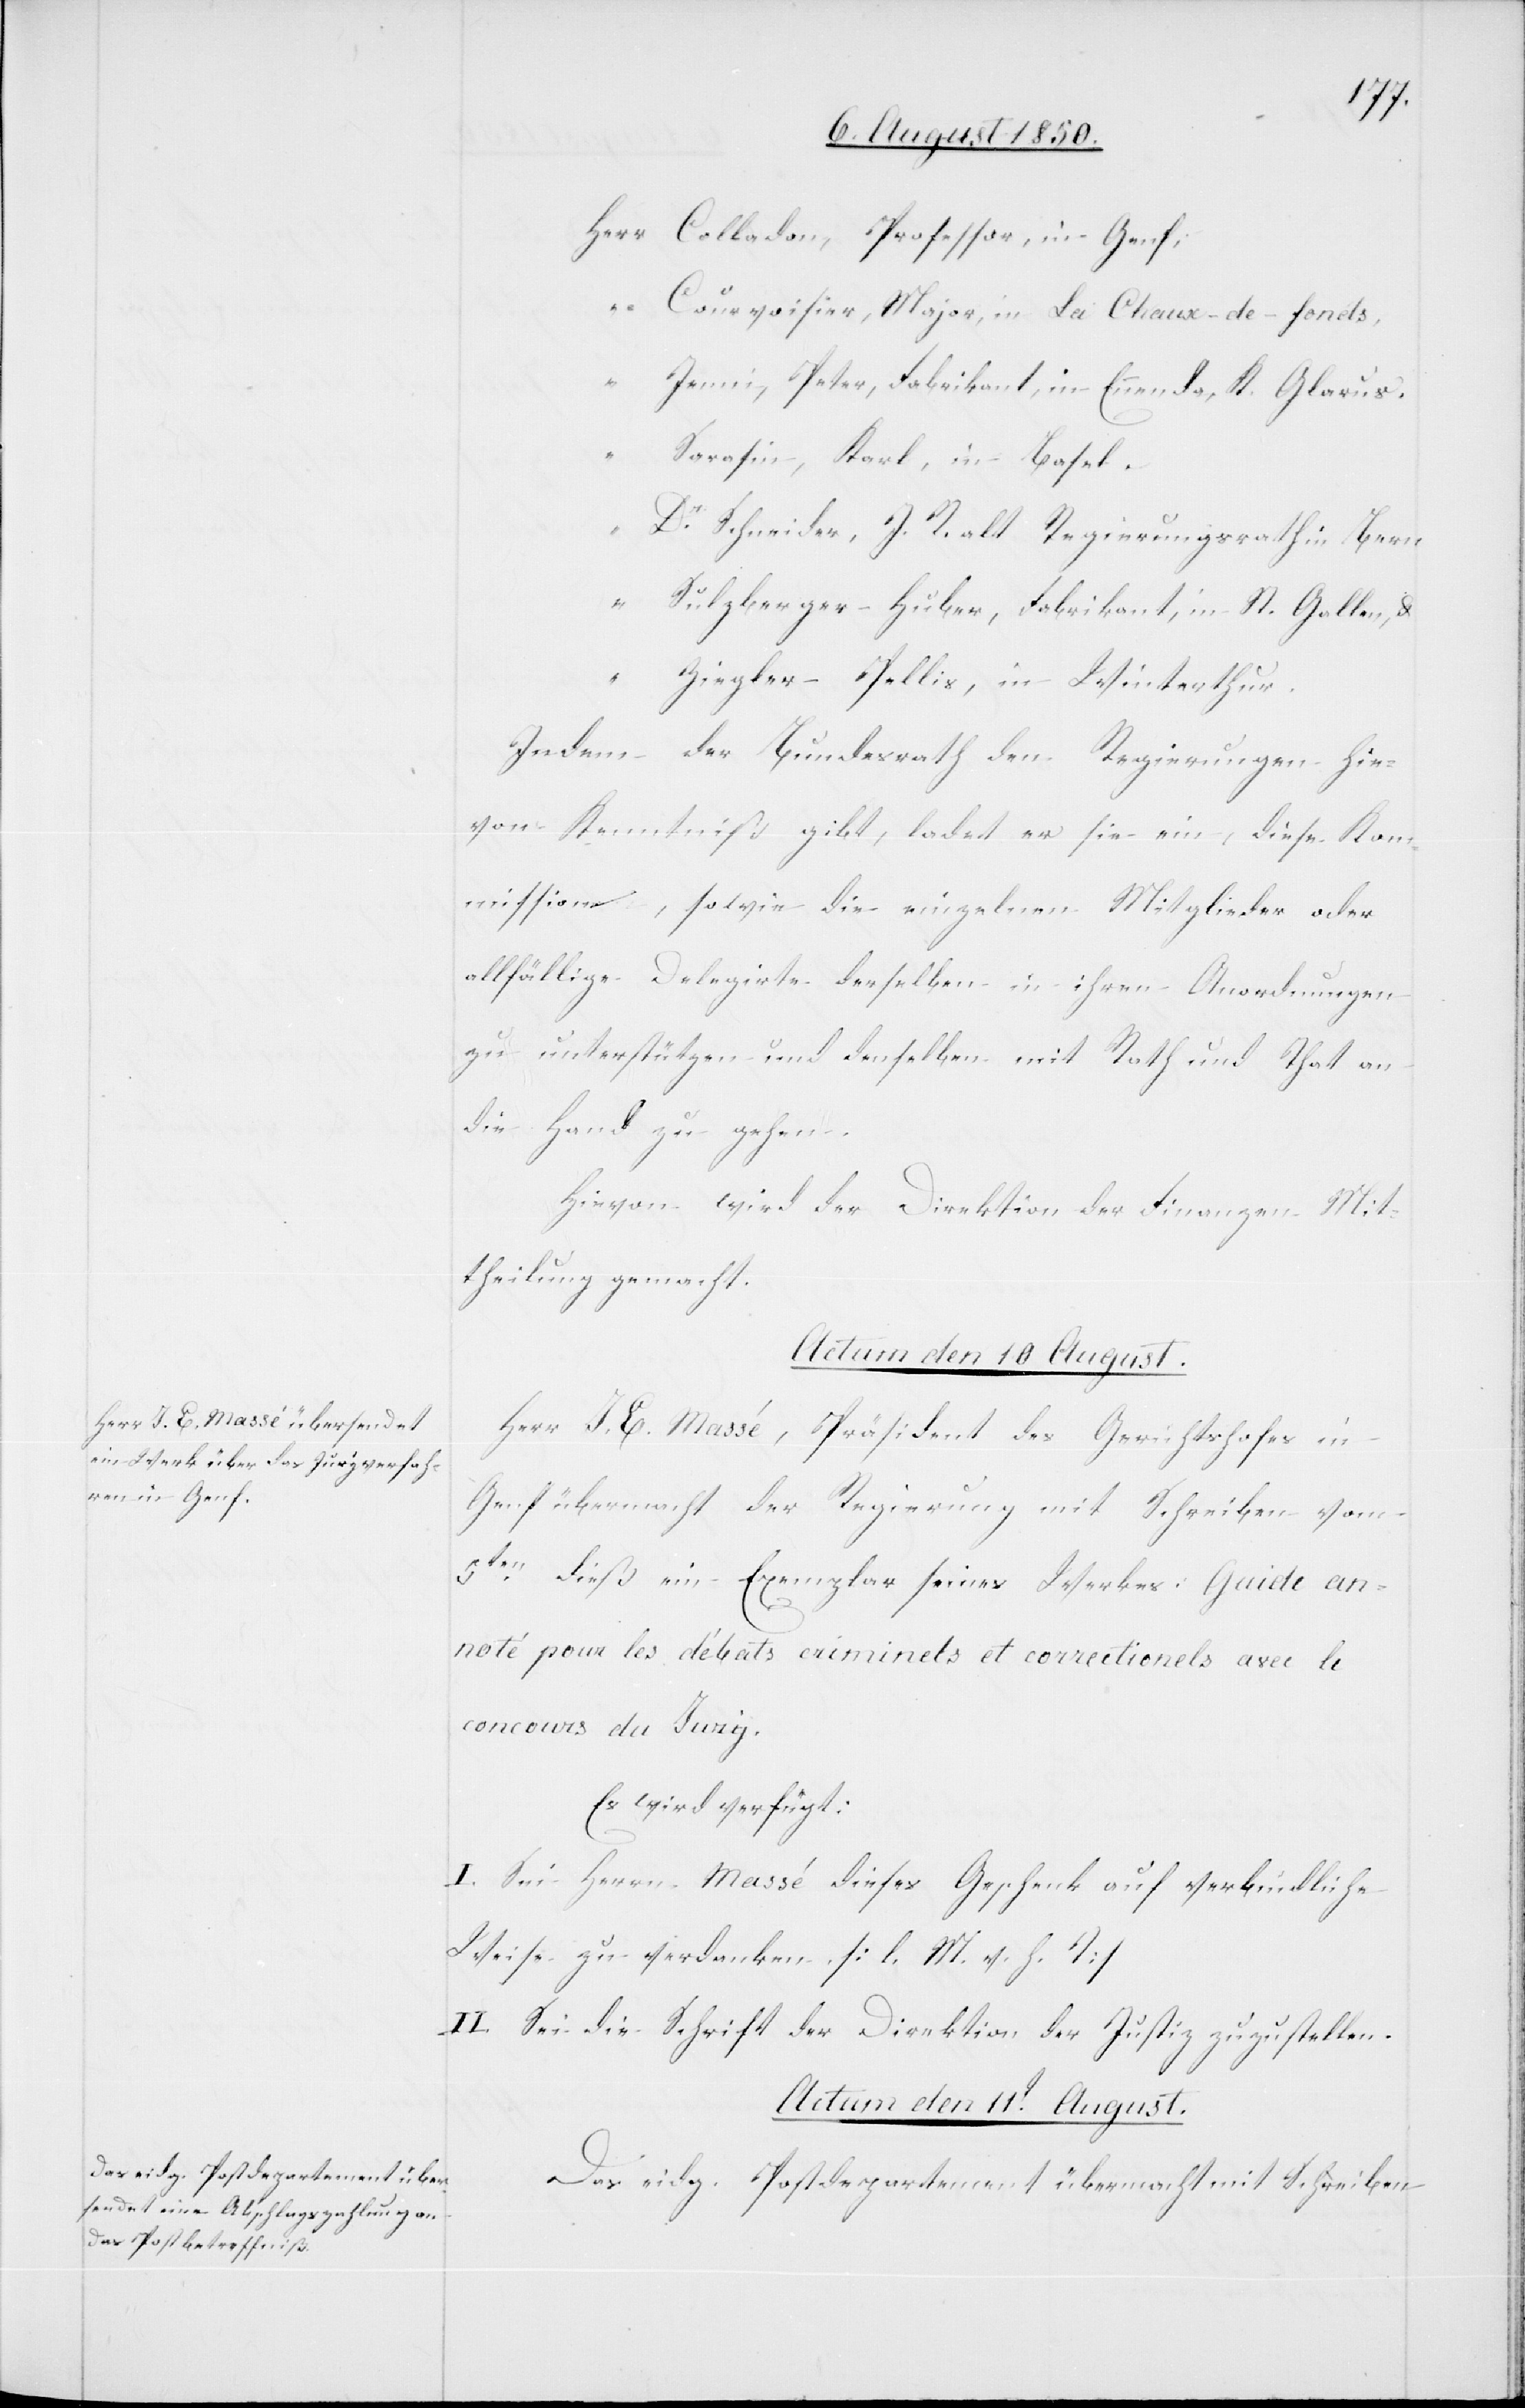
Herr	Colladon, Professor, in Genf;
“	Courvoisier, Major, in La Chaux-de-fonds,
“	Jenni, Peter, Fabrikant, in Ennenda, Kt. Glarus.
“	Sarasin, Karl, in Basel.
Schneider, J. R. alt Regierungsrath in Bern
“	Sulzberger-Huber, Fabrikant, in St. Gallen, &
“	Ziegler-Pellis, in Winterthur.
Indem der Bundesrath den Regierungen hie¬
von Kenntniß gibt, ladet er sie ein, diese Kom¬
mission, sowie die einzelnen Mitglieder oder
allfällige Delegirte derselben in ihren Anordnungen
zu unterstützen und denselben mit Rath und That an
die Hand zu gehen.
Hievon wird der Direktion der Finanzen Mit¬
theilung gemacht.
Actum den 10 August.
Herr J. E. Massé, Präsident des Gerichtshofes in
Genf übermacht der Regierung mit Schreiben vom
5ten dieß ein Exemplar seines Werkes: Guide an¬
noté pour des débats criminels et correctionels avec le
concours du Jury.
Es wird verfügt:
I. Sei Herrn Massé dieses Geschenk auf verbindliche
Weise zu verdanken. [l. M. v. h. T]
II. Sei die Schrift der Direktion der Justiz zuzustellen.
Actum den 11t August.
Das eidg. Postdepartement übermacht mit Schreiben